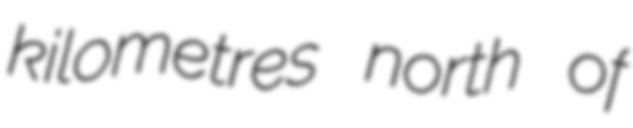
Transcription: kilometres north of